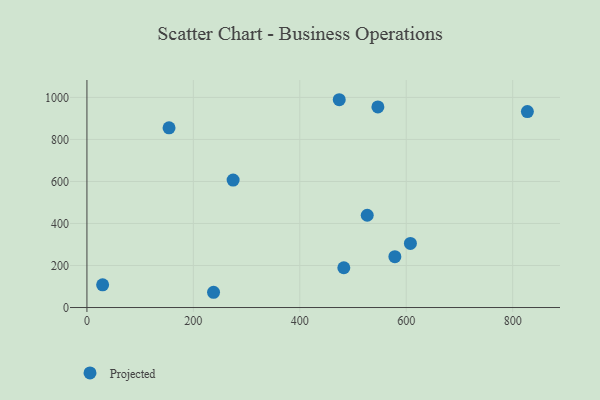
{"axis": {"x": "Study Hours", "y": "Demand"}, "legend": ["Projected"], "data": [{"x": "482.7", "y": 189.3, "type": "Projected"}, {"x": "29.5", "y": 108.2, "type": "Projected"}, {"x": "546.7", "y": 954.7, "type": "Projected"}, {"x": "526.7", "y": 439.2, "type": "Projected"}, {"x": "827.6", "y": 932.8, "type": "Projected"}, {"x": "154.3", "y": 855.2, "type": "Projected"}, {"x": "607.8", "y": 304.9, "type": "Projected"}, {"x": "578.6", "y": 241.8, "type": "Projected"}, {"x": "474.1", "y": 989.0, "type": "Projected"}, {"x": "274.7", "y": 606.7, "type": "Projected"}, {"x": "237.9", "y": 72.6, "type": "Projected"}]}